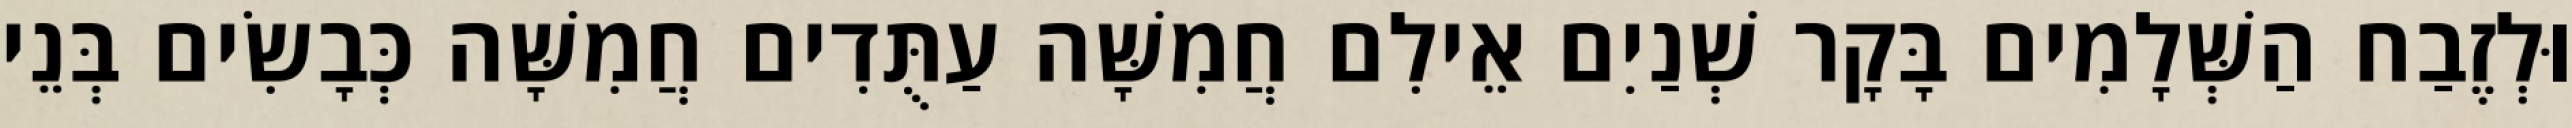
וּלְזֶבַח הַשְּׁלָמִים בָּקָר שְׁנַיִם אֵילִם חֲמִשָּׁה עַתֻּדִים חֲמִשָּׁה כְּבָשִׂים בְּנֵי